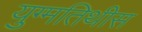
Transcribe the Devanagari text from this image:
युग्मतिथीस